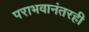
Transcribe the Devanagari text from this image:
पराभवानंतरही